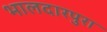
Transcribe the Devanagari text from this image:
भालदारपुरा